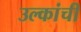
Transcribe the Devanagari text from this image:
उल्कांची